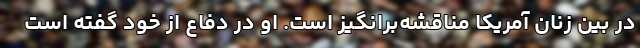
در بین زنان آمریکا مناقشه‌برانگیز است. او در دفاع از خود گفته است